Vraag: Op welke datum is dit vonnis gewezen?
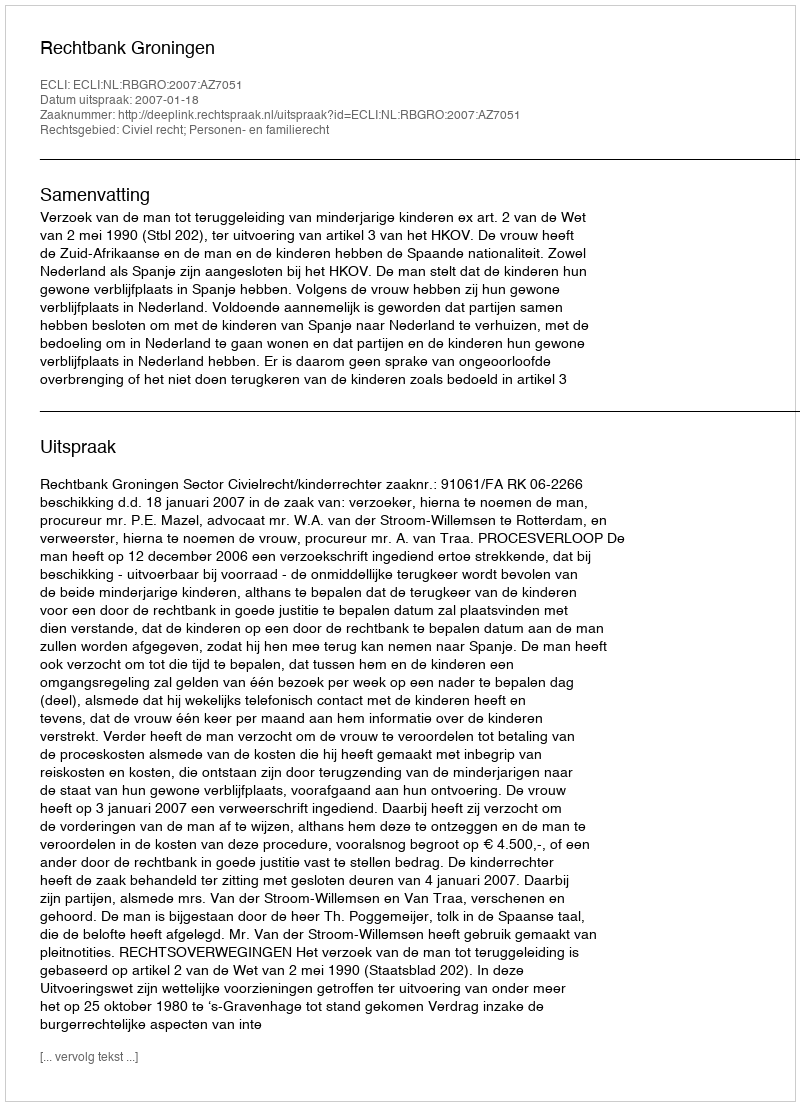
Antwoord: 2007-01-18